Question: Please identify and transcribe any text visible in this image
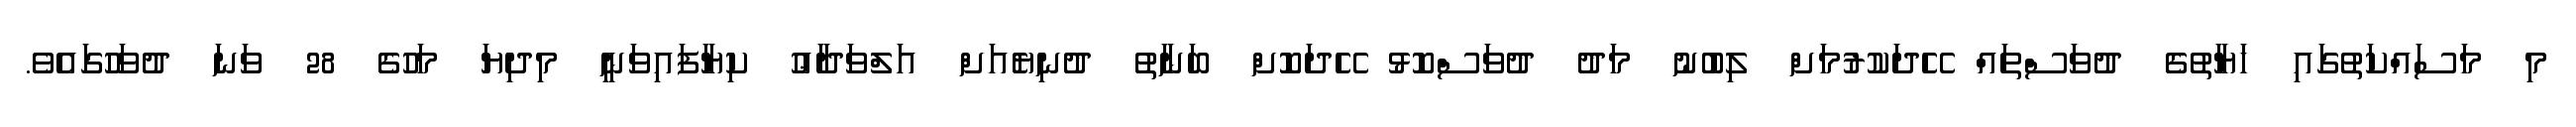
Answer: މި މަސައްކަތުގައި ހަޔާތުގެ ދުވަސްތައް ހޭދަކުރުމަށް ލިބުނު މަދު ދުވަސްކޮޅު ހޭދަކޮށް ބަނާތު ދުނިޔެއަށް އަލްވަދާޢު ކިޔާފައިވަނީ މިދިޔަ މަހުގެ 28 ވަނަ ދުވަހުގައެވެ.